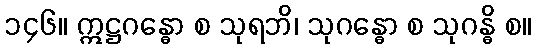
၁၄၆။ ဣဋ္ဌဂန္ဓော စ သုရဘိ၊ သုဂန္ဓော စ သုဂန္ဓိ စ။